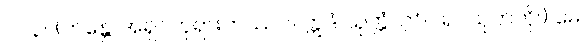
၁၇၃။ (ဘန္တေ၊ အရှင်ဘုရားကဿပ။ ဣဒံ သုတ္တံ၊ ဤဂါရဝသုတ်ကို။) မေ